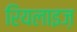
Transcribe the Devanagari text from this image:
रियलाइज़